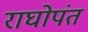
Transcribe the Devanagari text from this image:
राघोपंत